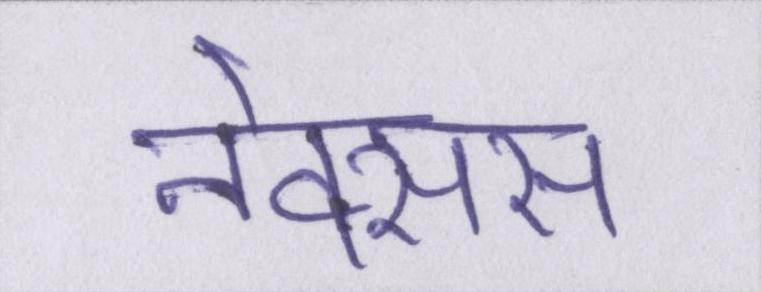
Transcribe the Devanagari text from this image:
नेक्सस